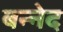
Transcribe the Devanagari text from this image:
बन्नेद